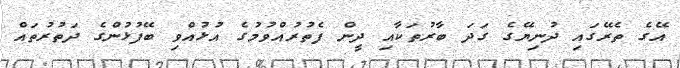
އޭގެ ތެރޭގައި ދުނިޔޭގެ ގަދަ ބާރުތަކާއި ދީން ފެތުރުއްވުމުގެ އުޅުއްވި ބޭފުޅުންގެ ދަތުރުތައް